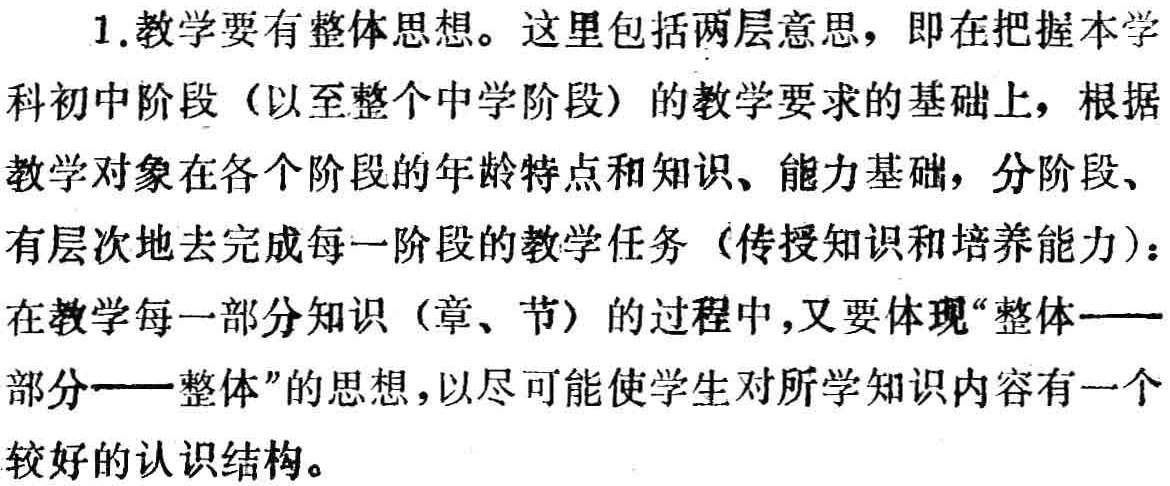
1. 教学要有整体思想。这里包括两层意思，即在把握本学科初中阶段（以至整个中学阶段）的教学要求的基础上，根据教学对象在各个阶段的年龄特点和知识、能力基础，分阶段、有层次地去完成每一阶段的教学任务（传授知识和培养能力）：在教学每一部分知识（章、节）的过程中，又要体现“整体——部分——整体”的思想，以尽可能使学生对所学知识内容有一个较好的认识结构。